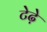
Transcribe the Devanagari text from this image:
टेढे़